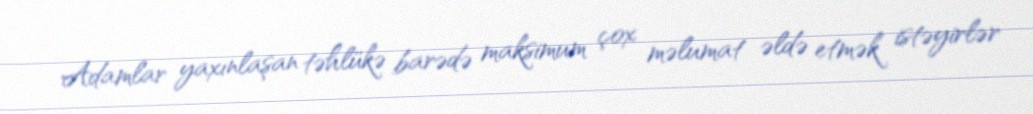
Adamlar yaxınlaşan təhlükə barədə maksimum çox məlumat əldə etmək istəyirlər